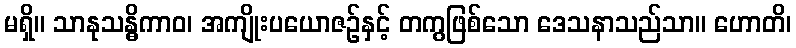
မရှိ။ သာနုသန္ဓိကာဝ၊ အကျိုးပယောဇဉ်နှင့် တကွဖြစ်သော ဒေသနာသည်သာ။ ဟောတိ၊